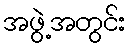
အဖွဲ့အတွင်း